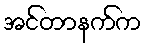
အင်တာနက်က